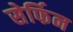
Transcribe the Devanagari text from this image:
सेर्फिन